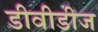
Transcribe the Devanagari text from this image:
डीवीडीज